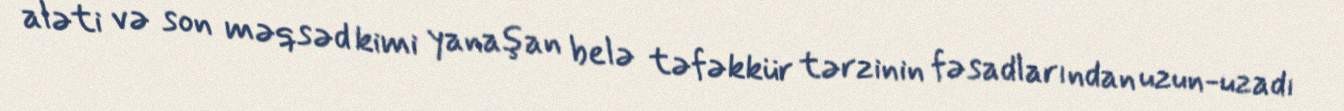
aləti və son məqsəd kimi yanaşan belə təfəkkür tərzinin fəsadlarından uzun-uzadı